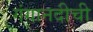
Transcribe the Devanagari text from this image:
गंगानदीची